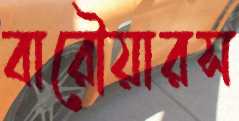
বারৌয়ারস